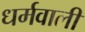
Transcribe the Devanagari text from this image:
धर्मवाली